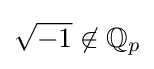
{\sqrt {-1}}\not \in \mathbb {Q} _{p}